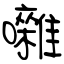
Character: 囃